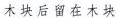
木块后留在木块